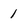
Character: 1